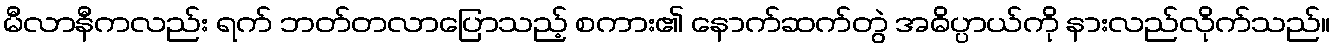
မီလာနီကလည်း ရက် ဘတ်တလာပြောသည့် စကား၏ နောက်ဆက်တွဲ အဓိပ္ပာယ်ကို နားလည်လိုက်သည်။